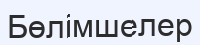
Бөлімшелер